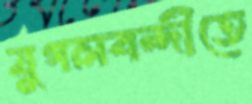
যুগলবন্দীতে